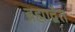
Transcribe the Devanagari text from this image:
ब्रह्माद्वैत